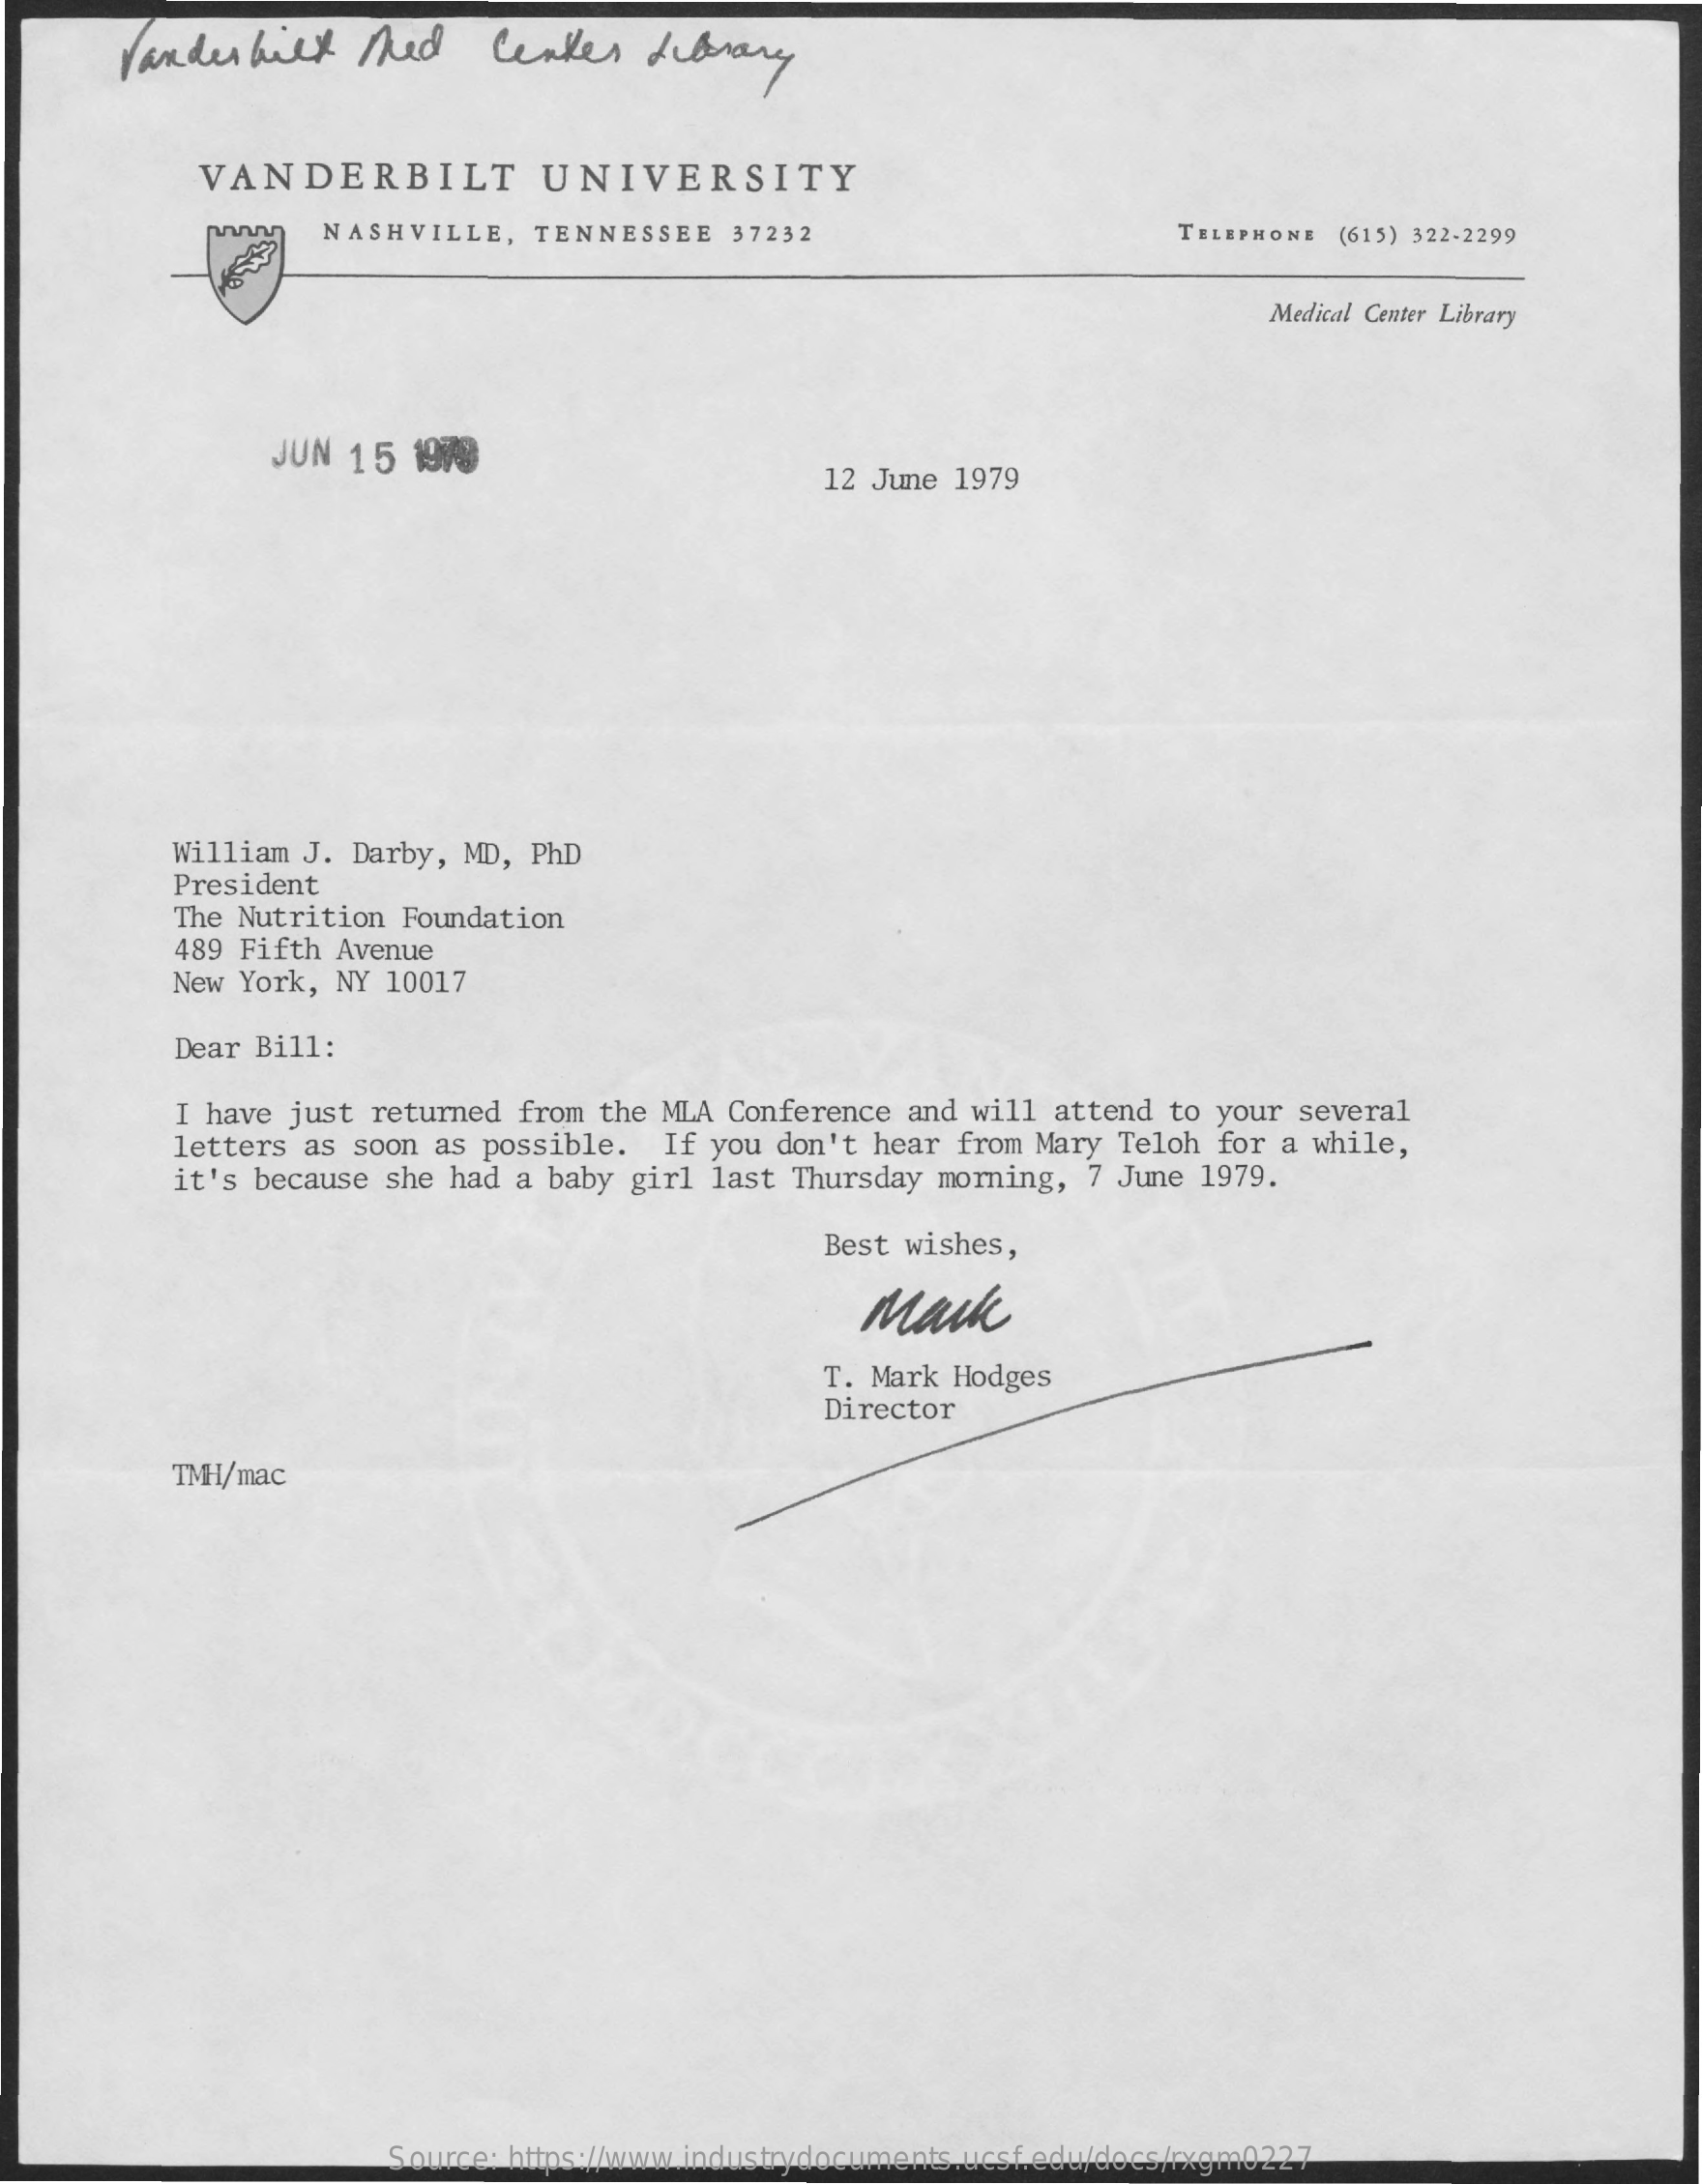
Vanderbilt  Med   Center   Library
     VANDERBILT    UNIVERSITY
     NASHVILLE, TENNESSEE 37232    TELEPHONE (615) 322-2299
     Medical Center Library
     JUN 15 1979
     12 June 1979
     William J. Darby, MD, PhD
     President
     The Nutrition Foundation
     489 Fifth Avenue
     New York, NY 10017
     Dear Bill:
     I have just returned from the MLA Conference and will attend to your several
     letters as soon as possible. If you don't hear from Mary Teloh for a while,
     it's because she had a baby girl last Thursday morning, 7 June 1979.
     Best wishes,
     Mark
     T. Mark Hodges
     Director
     TMH/mac
     Source: https://www.industrydocuments.ucsf.edu/docs/rxgm0227